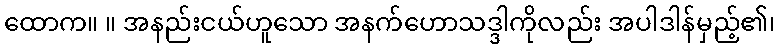
ထောက။ ။ အနည်းငယ်ဟူသော အနက်ဟောသဒ္ဒါကိုလည်း အပါဒါန်မှည့်၏၊